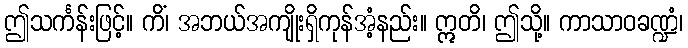
ဤသင်္ကန်းဖြင့်။ ကိံ၊ အဘယ်အကျိုးရှိကုန်အံ့နည်း။ ဣတိ၊ ဤသို့။ ကာသာဝခဏ္ဍံ၊